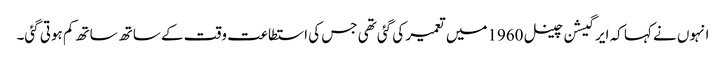
انہوں نے کہا کہ ایرگیشن چینل 1960میں تعمیر کی گئی تھی جس کی استطاعت وقت کے ساتھ ساتھ کم ہوتی گئی۔